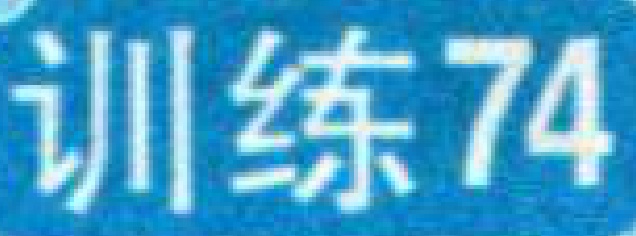
训练74